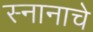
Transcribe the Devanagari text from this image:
स्नानाचे